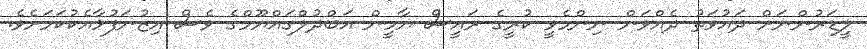
ލީޑަރުންނަށް ދައުވަތު ދެއްވަން ނިންމެވީ ކުރީގެ ރައީސް ޔާމީން އަބްދުލްގައްޔޫމްގެ ވެސް އިޒުނަފުޅާއެކުކަމަށެވެ.